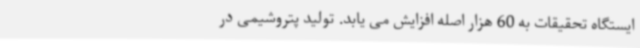
ایستگاه تحقیقات به 60 هزار اصله افزایش می یابد. تولید پتروشیمی‌ در